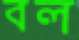
বল